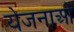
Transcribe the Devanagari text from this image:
येजनाओं